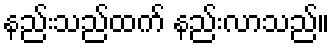
နည်းသည်ထက် နည်းလာသည်။